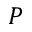
P